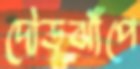
দৌড়ঝাঁপে